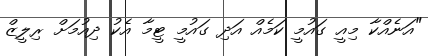
"އަނެއްކާ މިއީ ގައުމީ ކަމެއް އަދި ގައުމީ ޓީމާ އެކު ދިއުމަށް ރިލީޒް